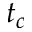
t _ { c }